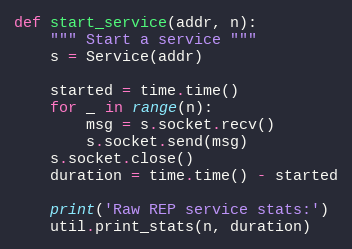
Language: Python
def start_service(addr, n):
    """ Start a service """
    s = Service(addr)

    started = time.time()
    for _ in range(n):
        msg = s.socket.recv()
        s.socket.send(msg)
    s.socket.close()
    duration = time.time() - started

    print('Raw REP service stats:')
    util.print_stats(n, duration)